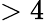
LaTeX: >4